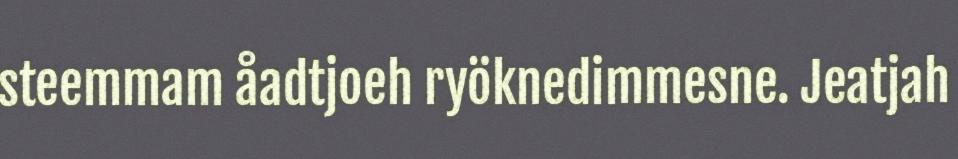
steemmam åadtjoeh ryöknedimmesne. Jeatjah